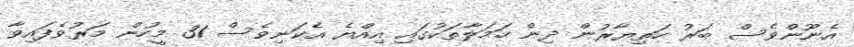
އެނޫންވެސް ބަރު ހަތިޔާރުން ދިން ހަމަލާތަކުގައި އިއްޔެ އެކަނިވެސް 31 މީހުން މަރުވެފައިވާ